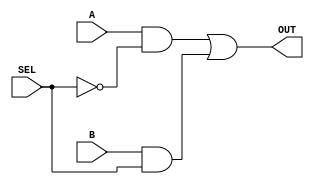
//-----------------------------------------------------------------------------
// UEFS TEC 499
// Lab 0, 2016.1
// Module: Mux2_1.v
// Desc: OUT = A*(~SEL) + B*(SEL)
//-----------------------------------------------------------------------------
module Mux2_1(
    input A,
    input B,
    input SEL,
    output OUT
);
   // You may only use structural verilog! (i.e. wires and gates only)
   /********YOUR CODE HERE********/
    wire notSel, bSel, aNotSel;

    not(notSel, SEL);
    and(aNotSel, A, notSel);
    and(bSel, B, SEL);
    or(OUT, aNotSel, bSel);
    
   /********END CODE********/
endmodule